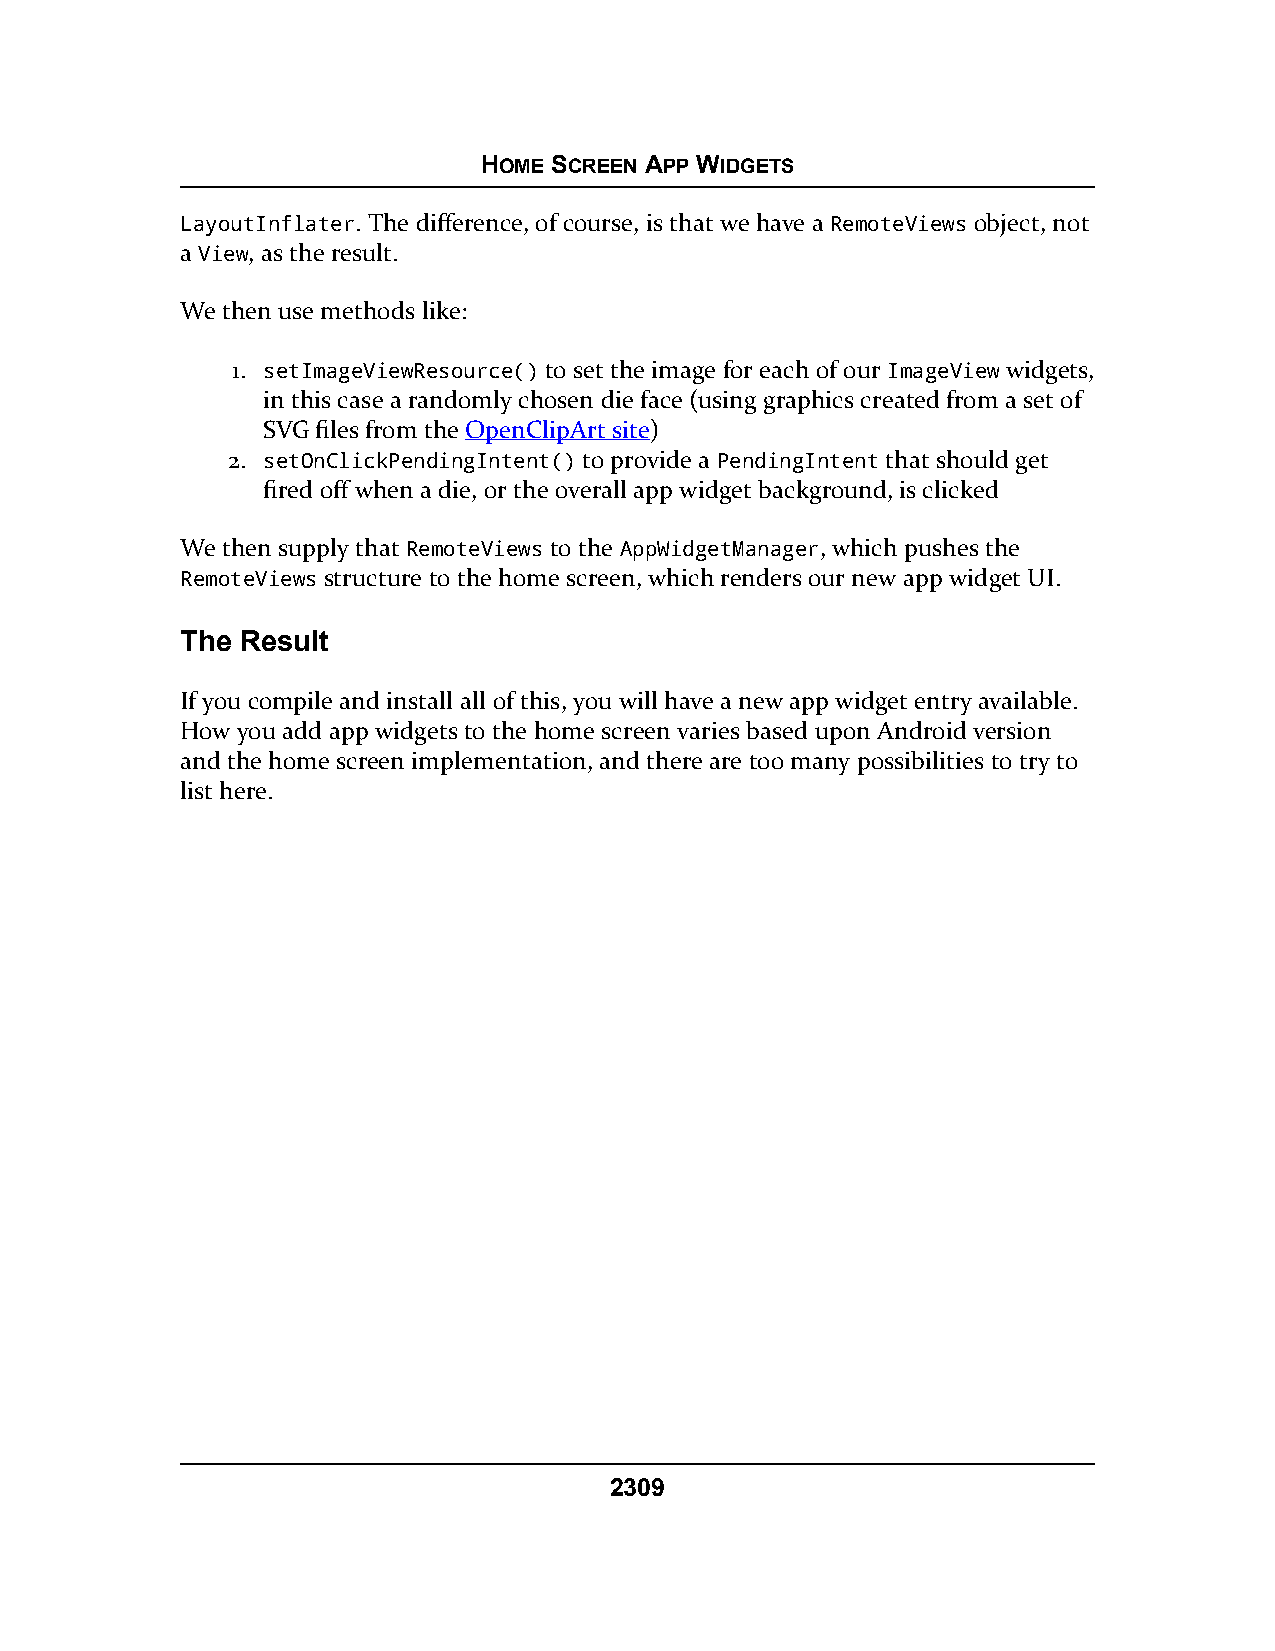
HOME SCREEN APP WIDGETS
 LayoutInflater. The difference, of course, is that we have a RemoteViews object, not
 a View, as the result.
 We then use methods like:
 1. setImageViewResource() to set the image for each of our ImageView widgets,
 in this case a randomly chosen die face (using graphics created from a set of
 SVG files from the OpenClipArt site)
 2. setOnClickPendingIntent() to provide a PendingIntent that should get
 fired off when a die, or the overall app widget background, is clicked
 We then supply that RemoteViews to the AppWidgetManager, which pushes the
 RemoteViews structure to the home screen, which renders our new app widget UI.
 The Result
 If you compile and install all of this, you will have a new app widget entry available.
 How you add app widgets to the home screen varies based upon Android version
 and the home screen implementation, and there are too many possibilities to try to
 list here.
 2309